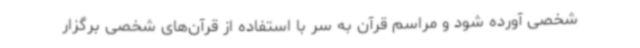
شخصی آورده شود و مراسم قرآن به سر با استفاده از قرآن‌های شخصی برگزار